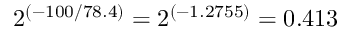
2 ^ { ( - 1 0 0 / 7 8 . 4 ) } = 2 ^ { ( - 1 . 2 7 5 5 ) } = 0 . 4 1 3